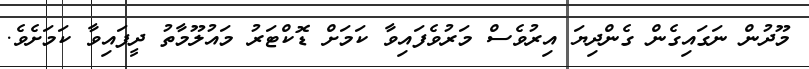
މޫދުން ނަގައިގެން ގެންދިޔަ އިރުވެސް މަރުވެފައިވާ ކަމަށް ޑޮކްޓަރު މައުލޫމާތު ދީފައިވާ ކަމަށެވެ.